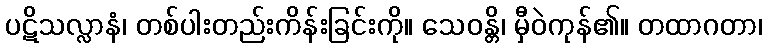
ပဋိသလ္လာနံ၊ တစ်ပါးတည်းကိန်းခြင်းကို။ သေဝန္တိ၊ မှီဝဲကုန်၏။ တထာဂတာ၊